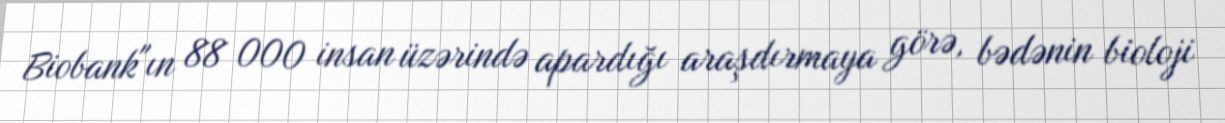
Biobank"ın 88 000 insan üzərində apardığı araşdırmaya görə, bədənin bioloji